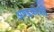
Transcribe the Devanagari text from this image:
अण्डकोशों